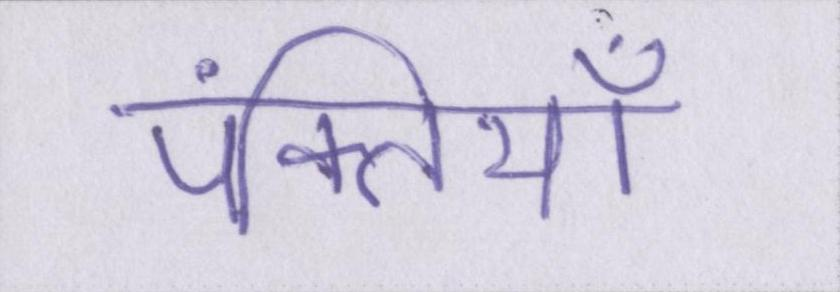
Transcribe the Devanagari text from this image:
पंक्तियाँ